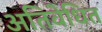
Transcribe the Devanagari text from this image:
अतिवेधित